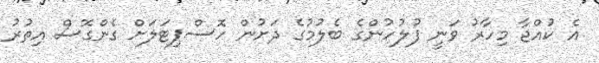
އެ ކުއްޖާ މިހާރު ވަނީ ފުލުހުންގެ ބެލުމުގެ ދަށުން ހޮސްޕިޓަލަށް ގެންގޮސް އިތުރު